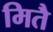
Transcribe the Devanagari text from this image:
मितै